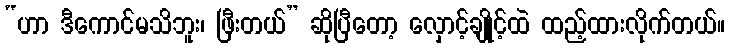
“ဟာ ဒီကောင်မသိဘူး၊ ဖြီးတယ်” ဆိုပြီတော့ လှောင့်ချိုင့်ထဲ ထည့်ထားလိုက်တယ်။